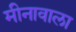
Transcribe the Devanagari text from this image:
मीनावाला